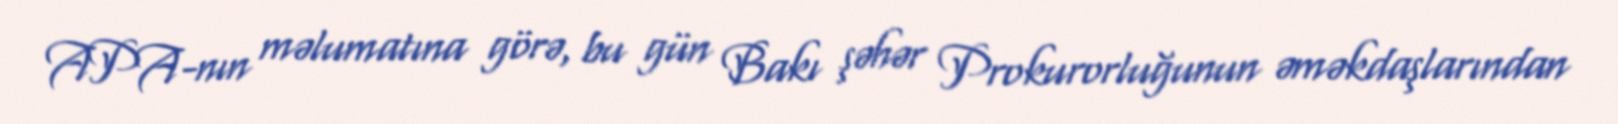
APA-nın məlumatına görə, bu gün Bakı şəhər Prokurorluğunun əməkdaşlarından